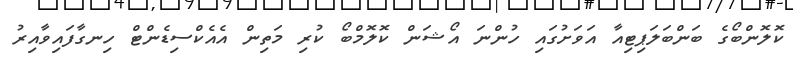
ކޮލޮންބޯގެ ބަންބަލަޕިޓިއާ އަވަށުގައި ހުންނަ އޯޝަން ކޮލޮމްބޯ ކުރި މަތިން އެއެކްސިޑެންޓް ހިނގާފައިވާއިރު